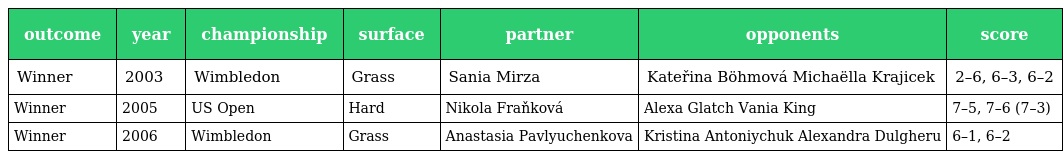
| outcome | year | championship | surface | partner | opponents | score |
 | --- | --- | --- | --- | --- | --- | --- |
 | Winner | 2003 | Wimbledon | Grass | Sania Mirza | Kateřina Böhmová Michaëlla Krajicek | 2–6, 6–3, 6–2 |
 | Winner | 2005 | US Open | Hard | Nikola Fraňková | Alexa Glatch Vania King | 7–5, 7–6 (7–3) |
 | Winner | 2006 | Wimbledon | Grass | Anastasia Pavlyuchenkova | Kristina Antoniychuk Alexandra Dulgheru | 6–1, 6–2 |